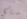
سنأكل